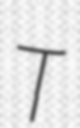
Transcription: T